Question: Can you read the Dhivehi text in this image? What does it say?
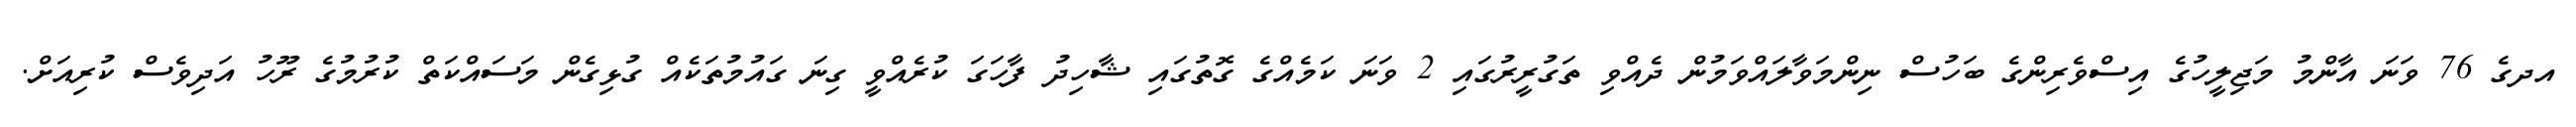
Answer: އދގެ 76 ވަނަ އާންމު މަޖިލީހުގެ އިސްވެރިންގެ ބަހުސް ނިންމަވާލައްވަމުން ދެއްވި ތަގުރީރުގައި 2 ވަނަ ކަމެއްގެ ގޮތުގައި ޝާހިދު ފާހަގަ ކުރެއްވީ ގިނަ ގައުމުތަކެއް ގުޅިގެން މަސައްކަތް ކުރުމުގެ ރޫހު އަދިވެސް ކުރިއަށް.